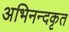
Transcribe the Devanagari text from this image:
अभिनन्दकृत